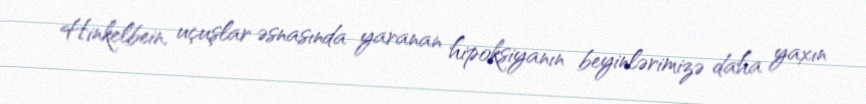
Hinkelbein, uçuşlar əsnasında yaranan hipoksiyanın beyinlərimizə daha yaxın